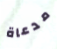
مدعاة